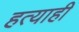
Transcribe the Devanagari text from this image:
हत्याही